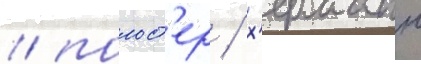
/ польст'ер / х'ерманн